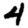
Digit: 4